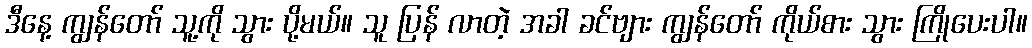
ဒီနေ့ ကျွန်တော် သူ့ကို သွား ပို့မယ်။ သူ ပြန် လာတဲ့ အခါ ခင်ဗျား ကျွန်တော် ကိုယ်စား သွား ကြိုပေးပါ။